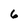
Character: 6